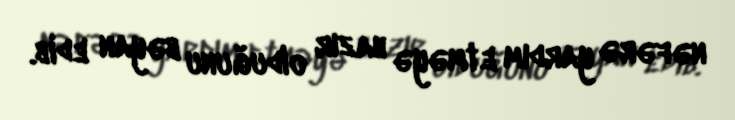
nəfərə yardım etməyə hazır olduğunu bəyan edib.